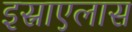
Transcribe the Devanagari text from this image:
इस्राएलास